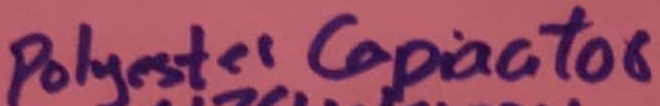
Text: Polyester Capacitor